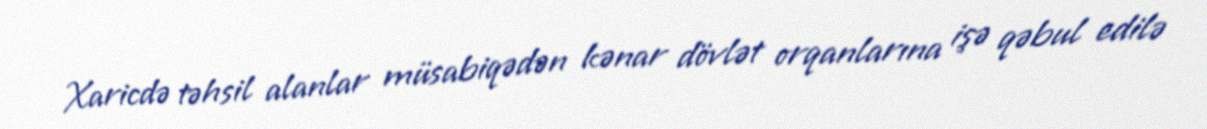
Xaricdə təhsil alanlar müsabiqədən kənar dövlət orqanlarına işə qəbul edilə